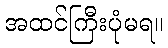
အထင်ကြီးပုံမရ။